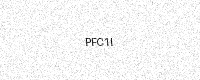
Text: PFC1I